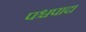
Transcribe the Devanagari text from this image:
पश्चपाद।